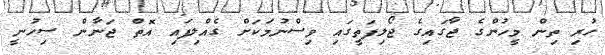
ހުރި ތިން މީހުންގެ ޖާގައިގެ ޖޯލިފަތީގައި ވިސްނުމަކަށް ގެއްލިފައި އޮތް ޖަނާން ސިހުނީ